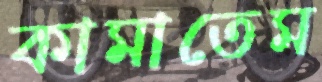
কামাতেম